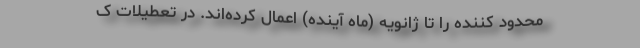
محدود کننده را تا ژانویه (ماه آینده) اعمال کرده‌اند. در تعطیلات ک